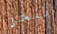
تبحر